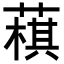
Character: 𦻊